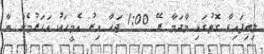
ލިބިފައިވާ ގޮތުގައި މާދަމާ ރޭ 1:00 ޖަހާ އިރު އެމީހަކު އަހަރުމެން ނާ